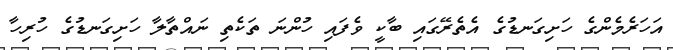
އަހަރެމެންގެ ހަށިގަނޑުގެ އެތެރޭގައި ބާކީ ވެފައި ހުންނަ ތަކެތި ނައްތާލާ ހަށިގަނޑުގެ ހުރިހާ